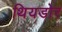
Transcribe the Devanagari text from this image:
थियडोर